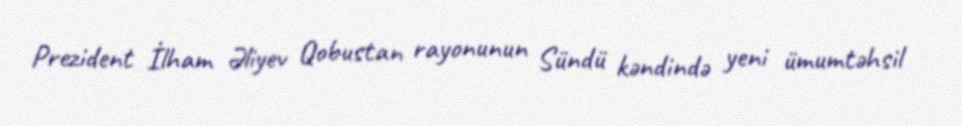
Prezident İlham Əliyev Qobustan rayonunun Sündü kəndində yeni ümumtəhsil